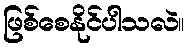
ဖြစ်စေနိုင်ပါသလဲ။